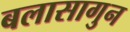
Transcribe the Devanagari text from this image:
बलासागुन